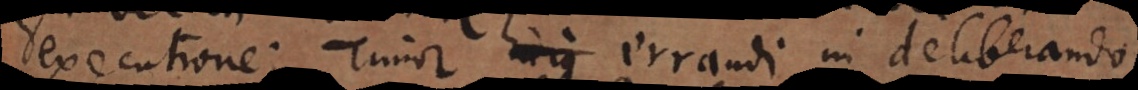
xecutione; timor errandi in deliberando